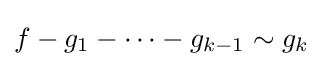
f-g_{1}-\cdots -g_{k-1}\sim g_{k}